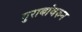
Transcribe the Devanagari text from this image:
गुराबांवरुन